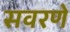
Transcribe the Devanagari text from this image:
सवरणे